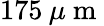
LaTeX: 175\: \mu\mathrm{~m~}